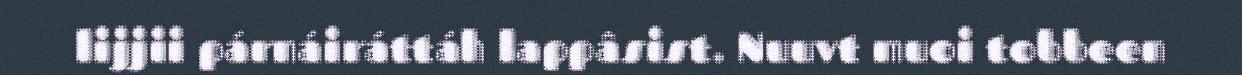
lijjii párnáiráttáh lappâsist. Nuuvt muoi tobbeen